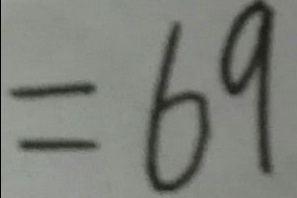
= 6 9